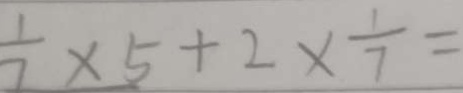
\frac { 1 } { 7 } \times 5 + 2 \times \frac { 1 } { 7 } =